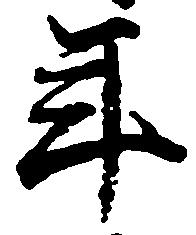
年